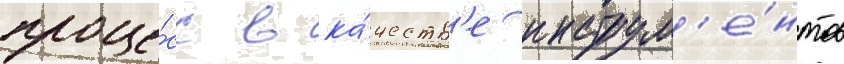
проце́сс в ка́честв'е инструм'е́нтов